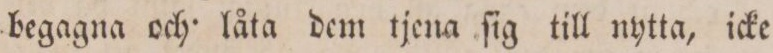
begagna och låta dem tjena ſig till nytta, icke